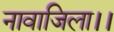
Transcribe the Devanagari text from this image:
नावाजिला।।